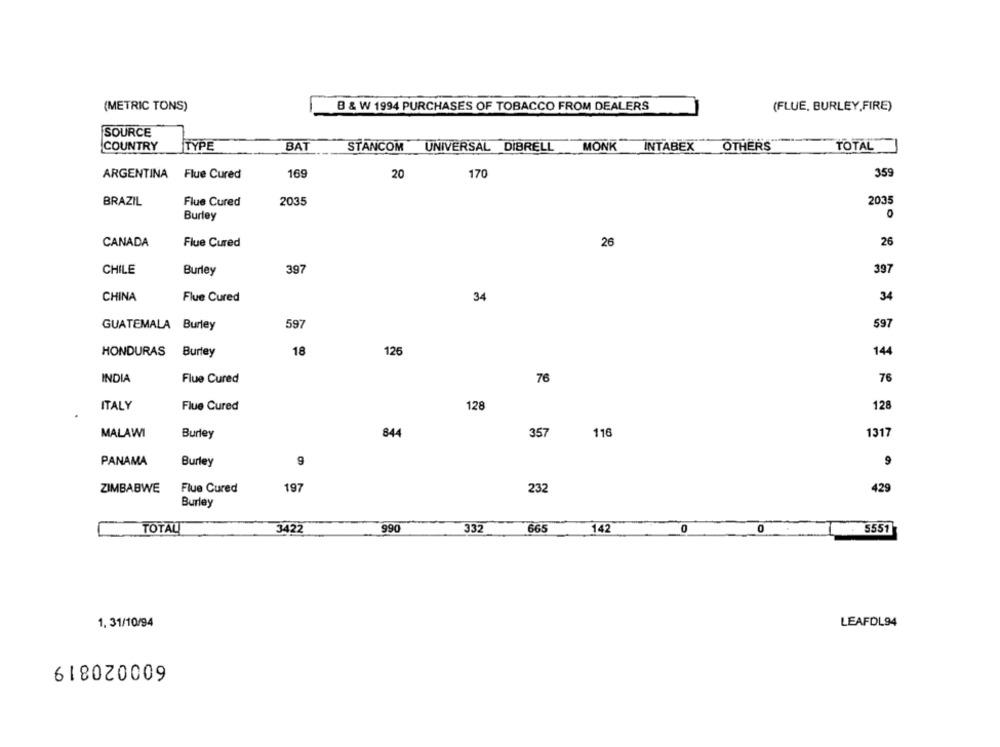
(METRIC TONS)
B & W 1994 PURCHASES OF TOBACCO FROM DEALERS
(FLUE, BURLEY,FIRE)
SOURCE
COUNTRY
TYPE
BAT
STANCOM UNIVERSAL DIBRELL MONK INTABEX OTHERS
TOTAL
ARGENTINA Flue Cured
169
20
170
359
2035
2035
BRAZIL
Flue Cured
Burley
0
CANADA
Flue Cured
26
26
CHILE
397
397
Burley
CHINA
Flue Cured
34
34
GUATEMALA Burley
597
597
18
125
14
HONDURAS Burley
INDIA
Flue Cured
76
76
ITALY
Flue Cured
128
128
MALAWI
Burley
844
357
116
1317
PANAMA
Burley
g
9
ZIMBABWE
Flue Cured
197
23
429
Burley
TOTAL
3422
990
332
665
142
0
5551
1. 31/10/94
LEAFDL94
600020819